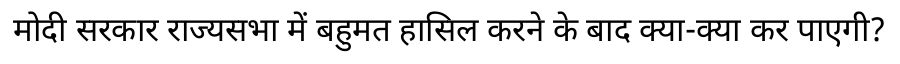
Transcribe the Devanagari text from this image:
मोदी सरकार राज्यसभा में बहुमत हासिल करने के बाद क्या-क्या कर पाएगी?